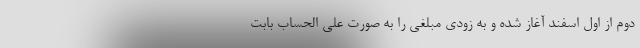
دوم از اول اسفند آغاز شده و به زودی مبلغی را به صورت علی الحساب بابت